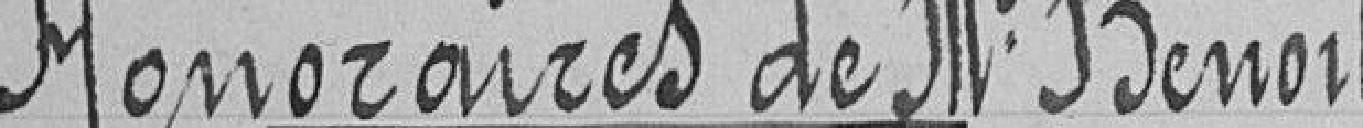
Honoraires de Monsieur Benoit